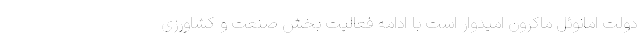
دولت امانوئل ماکرون امیدوار است با ادامه فعالیت بخش صنعت و کشاورزی